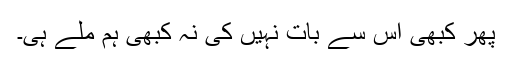
پھر کبھی اس سے بات نہیں کی نہ کبھی ہم ملے ہی۔